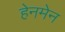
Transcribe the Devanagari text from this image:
हेनमेन